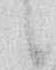
候